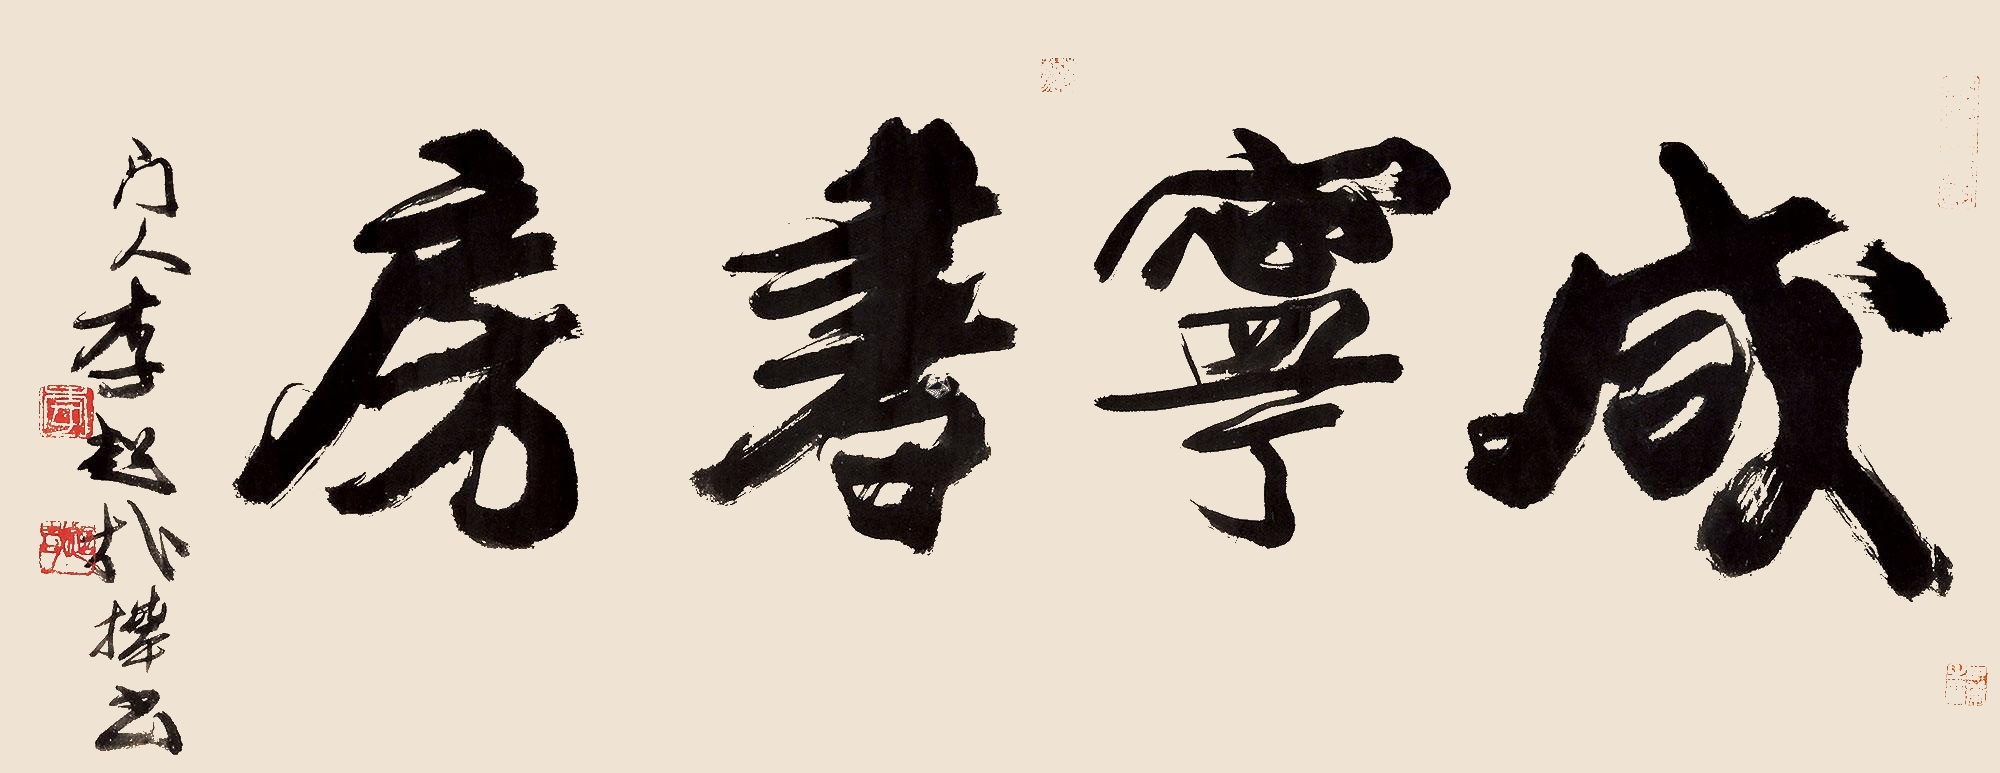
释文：咸宁书房门人李超哉□书。